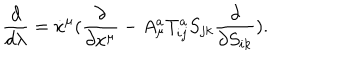
\frac { d } { d \lambda } = \dot { x } ^ { \mu } ( \frac { \partial } { \partial x ^ { \mu } } - A _ { \mu } ^ { a } T _ { i j } ^ { a } S _ { j k } \frac { \partial } { \partial S _ { i k } } ) .